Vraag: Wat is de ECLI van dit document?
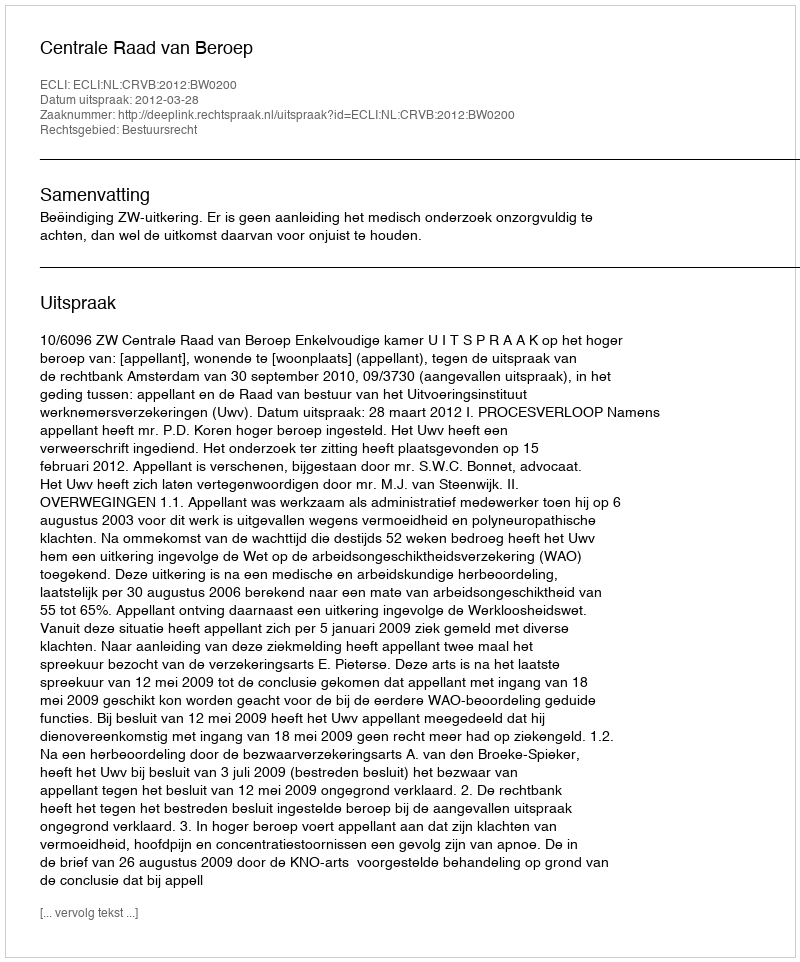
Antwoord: ECLI:NL:CRVB:2012:BW0200